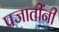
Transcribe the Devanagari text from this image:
प्रजातींनी